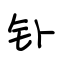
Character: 钋